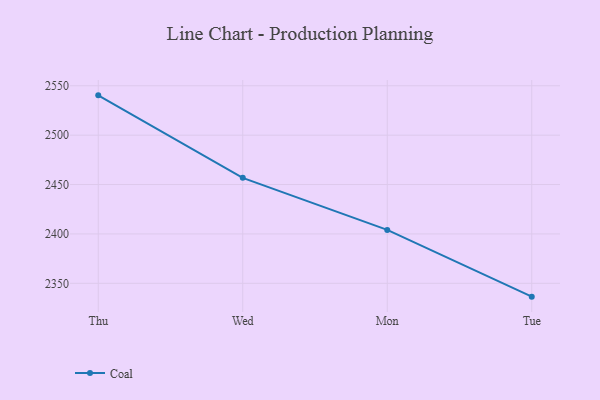
{"axis": {"x": "Day", "y": "Backlog"}, "legend": ["Coal"], "data": [{"x": "Thu", "y": 2540.3, "type": "Coal"}, {"x": "Wed", "y": 2456.8, "type": "Coal"}, {"x": "Mon", "y": 2404.1, "type": "Coal"}, {"x": "Tue", "y": 2336.5, "type": "Coal"}]}